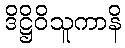
ဒိဋ္ဌိဝိသူကာနိ